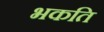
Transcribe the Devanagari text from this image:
भकति